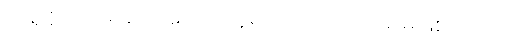
အရှိန်သေမှ ဆင်းသော သူများသည် ဘာမျှ မဖြစ်ကြချေ။